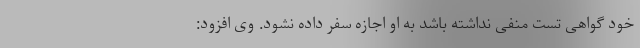
خود گواهی تست منفی نداشته باشد به او اجازه سفر داده نشود. وی افزود: